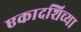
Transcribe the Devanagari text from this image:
एकादशिच्या